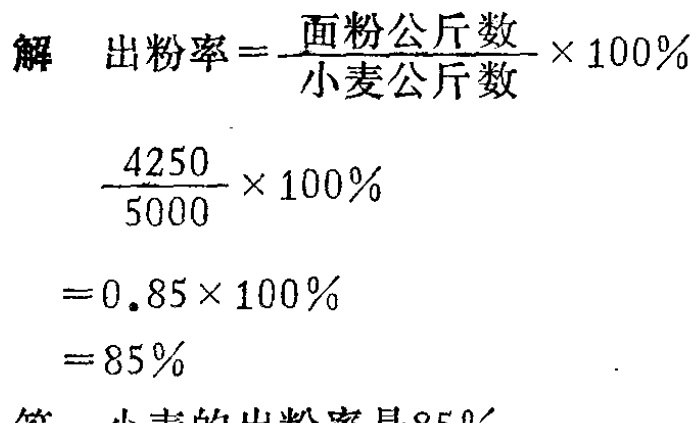
解 出粉率=$\frac{面粉公斤数}{小麦公斤数} \times 100\%$

$\frac{4250}{5000} \times 100\%$

$=0.85\times 100\%$

$=85\%$

答 小麦的出粉率是85%